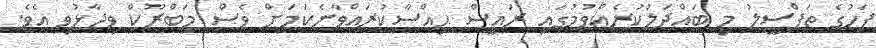
ފަހުގެ ތަފްސީލު މި ބައްދަލުކުރެއްވުމުގައި ރައީސް ޙިއްސާކުރައްވާނެކަމަށް ވެސް މަބްރޫކް ވިދާޅުވި އެވެ.